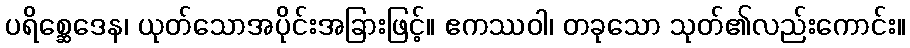
ပရိစ္ဆေဒေန၊ ယုတ်သောအပိုင်းအခြားဖြင့်။ ဧကဿဝါ၊ တခုသော သုတ်၏လည်းကောင်း။